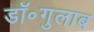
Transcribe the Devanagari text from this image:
डॉ॰गुलाब